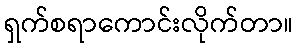
ရှက်စရာကောင်းလိုက်တာ။